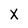
Character: X